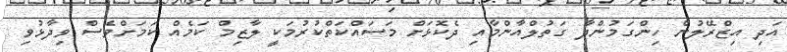
އަދި އިޒްރޭލުން ހިންގަމުންދާ ގަތުލްއާންމާއި ދެކޮޅަށް މަސައްކަތްކުރުމަކީ ލާޒިމް ކަމެއް ކަމަށްވެސް ވިދާޅުވި